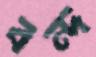
বন্দ